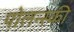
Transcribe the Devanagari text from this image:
पोलन्स्की